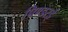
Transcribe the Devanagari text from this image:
पिण्डरई